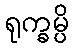
ရုက္ခမ္ပိ